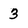
Character: 3